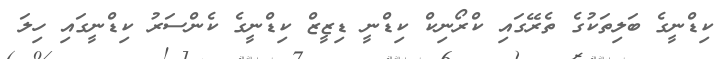
ކިޑްނީގެ ބަލިތަކުގެ ތެރޭގައި ކްރޯނިކް ކިޑްނީ ޑިޒީޒް ކިޑްނީގެ ކެންސަރު ކިޑްނީގައި ހިލަ